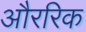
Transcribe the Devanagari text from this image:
औररिक